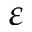
\varepsilon